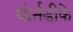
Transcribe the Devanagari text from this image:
थोर्नडीके